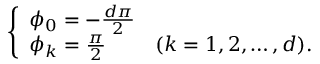
\left\{ \begin{array} { l l } { \phi _ { 0 } = - \frac { d \pi } { 2 } } \\ { \phi _ { k } = \frac { \pi } { 2 } } & { ( k = 1 , 2 , \ldots , d ) . } \end{array} \right.